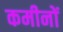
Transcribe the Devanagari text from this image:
कमीनों